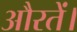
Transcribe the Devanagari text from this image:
औरतें।